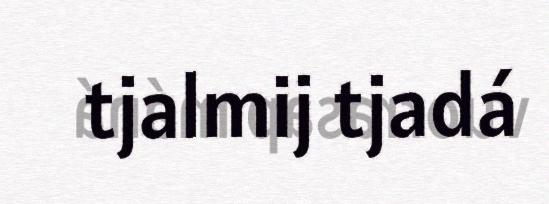
tjalmij tjadá